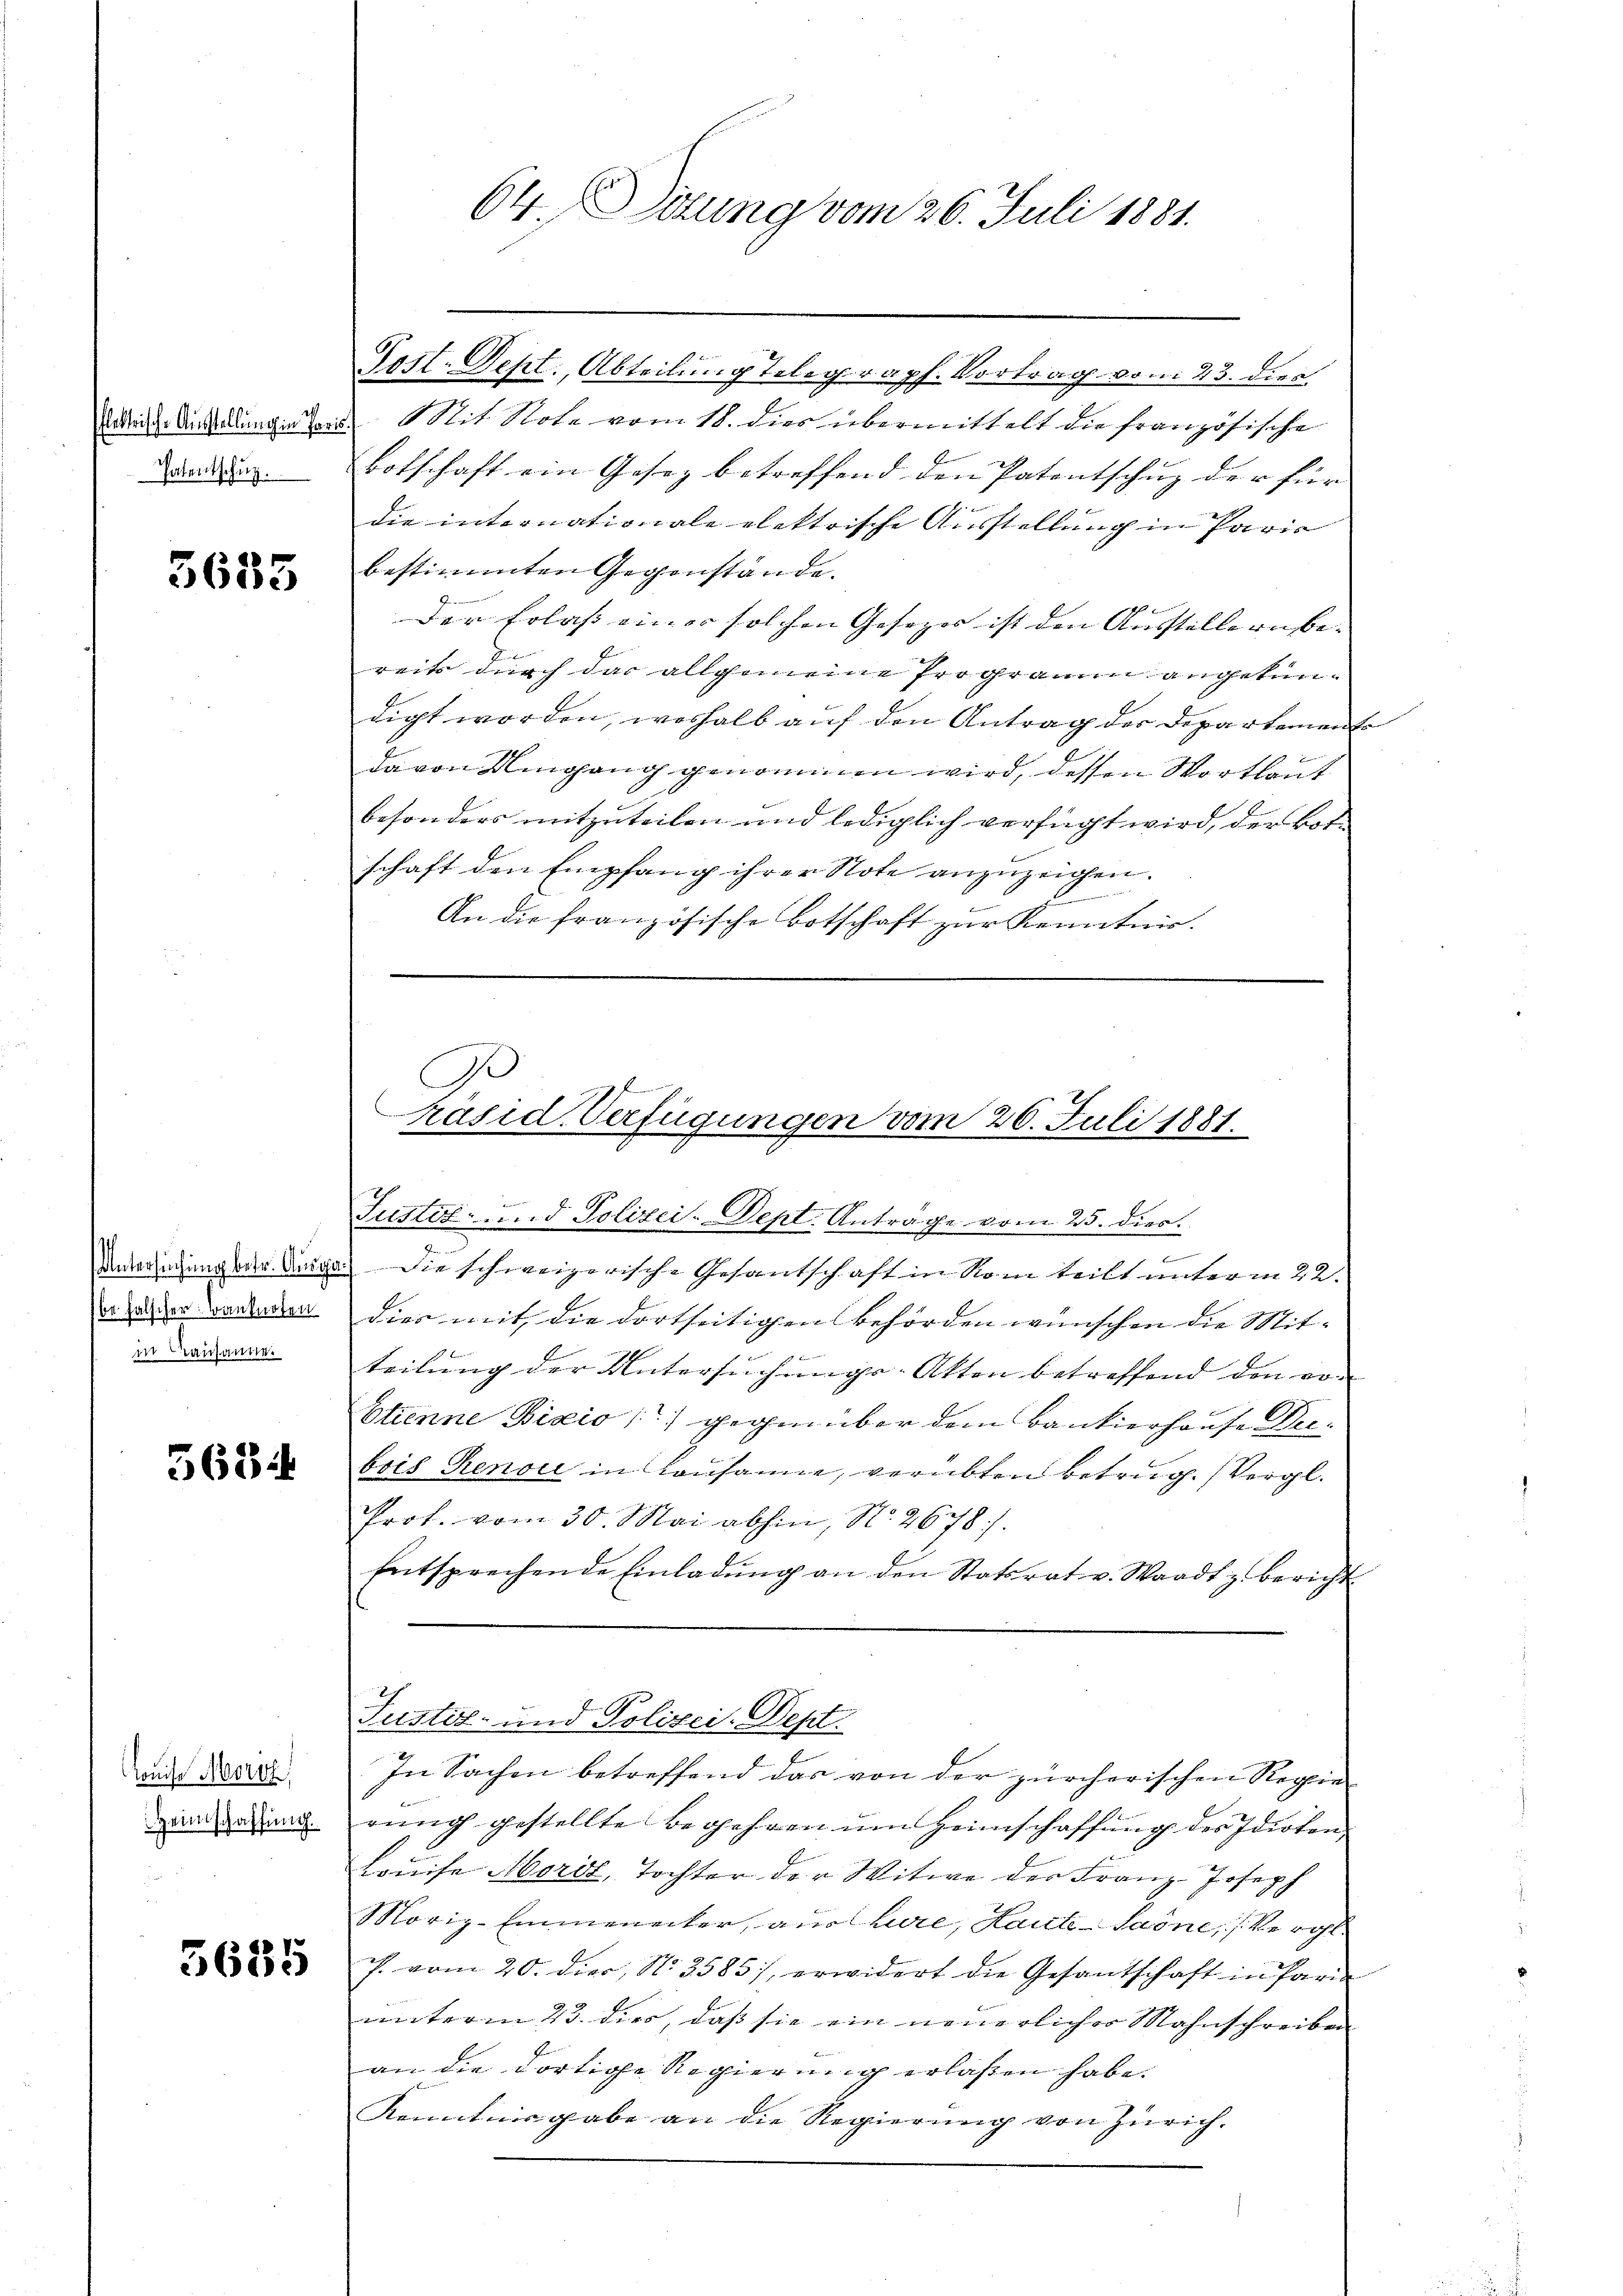
3685

be falscher Bauerten
in rauhausine

5634

Louise Morg
Heimschaffung.

5635

Post. Dept., Abteilung Telegraph. Vortrag vom 23. dies
Urige Kandlungen der Mit Note vom 18. dies übermittelt die französische
Baden Botschaft ein Gesez betreffend den Patentschuz der für
die internationale elektrische Ausstellung in Paris
bestimmten Gegenstände.
Der Erlass einer solchen Gesezes ist den Ausstelle unbe- |
reits durch das allgemeine Programm angekündigt worden, weshalb auf den Antrag der Departement
da von Umgang genommen wird, dessen Wortlaut
besonders mitzuteilen und lediglich verfügt wird, der Botschaft den Empfang ihrer Note anzuzeigen.
d
An die französische Botschaft zur Kenntnis.

Ge
räsid. Verfügungen vom 26. Juli 1881.

64. Dizung vom 26. Juli 1881.

Justiz- und Polizei-Dept. Anträge vom 25. dies.
Untersuchung der Duse. Die schweizerische Gesantschaft in Rom teilt unterm 22.
dies mit die dortseitigen Behörden wünschen die Mit-
 E.
teilung der Untersuchungs-Akten betreffend den er-
Etienne Bixio) gegenüber dem Bankierhause Deibois Renow in Lausanne, verübten Betrug. (Vergl.
Prot. vom 30. Mai abhin, No. 2678).
Entsprechende Einladŭng an den Statsrat v. Waadt z. Bericht
Justiz- und Polizei-Dept.
In Sachen betreffend das von der zürcherischen Regie
rung gestellte Begehren um Heimschaffung des Idioten,
Louise Morit, Tochter der Witwe der Franz-Joseph
Moriz-Emmenecker, aus Lure, Laute-Saône, Vergl
f. vom 20. die N. 3585), erwidert die Gesantschaft in Pari
unterm 23. dies, daß sie ein neuerlicher Mahnschreiben
an die dortige Regierung erlassen habe.
Kenntnisgabe an die Regierŭng von Zürich.